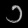
Digit: ၁